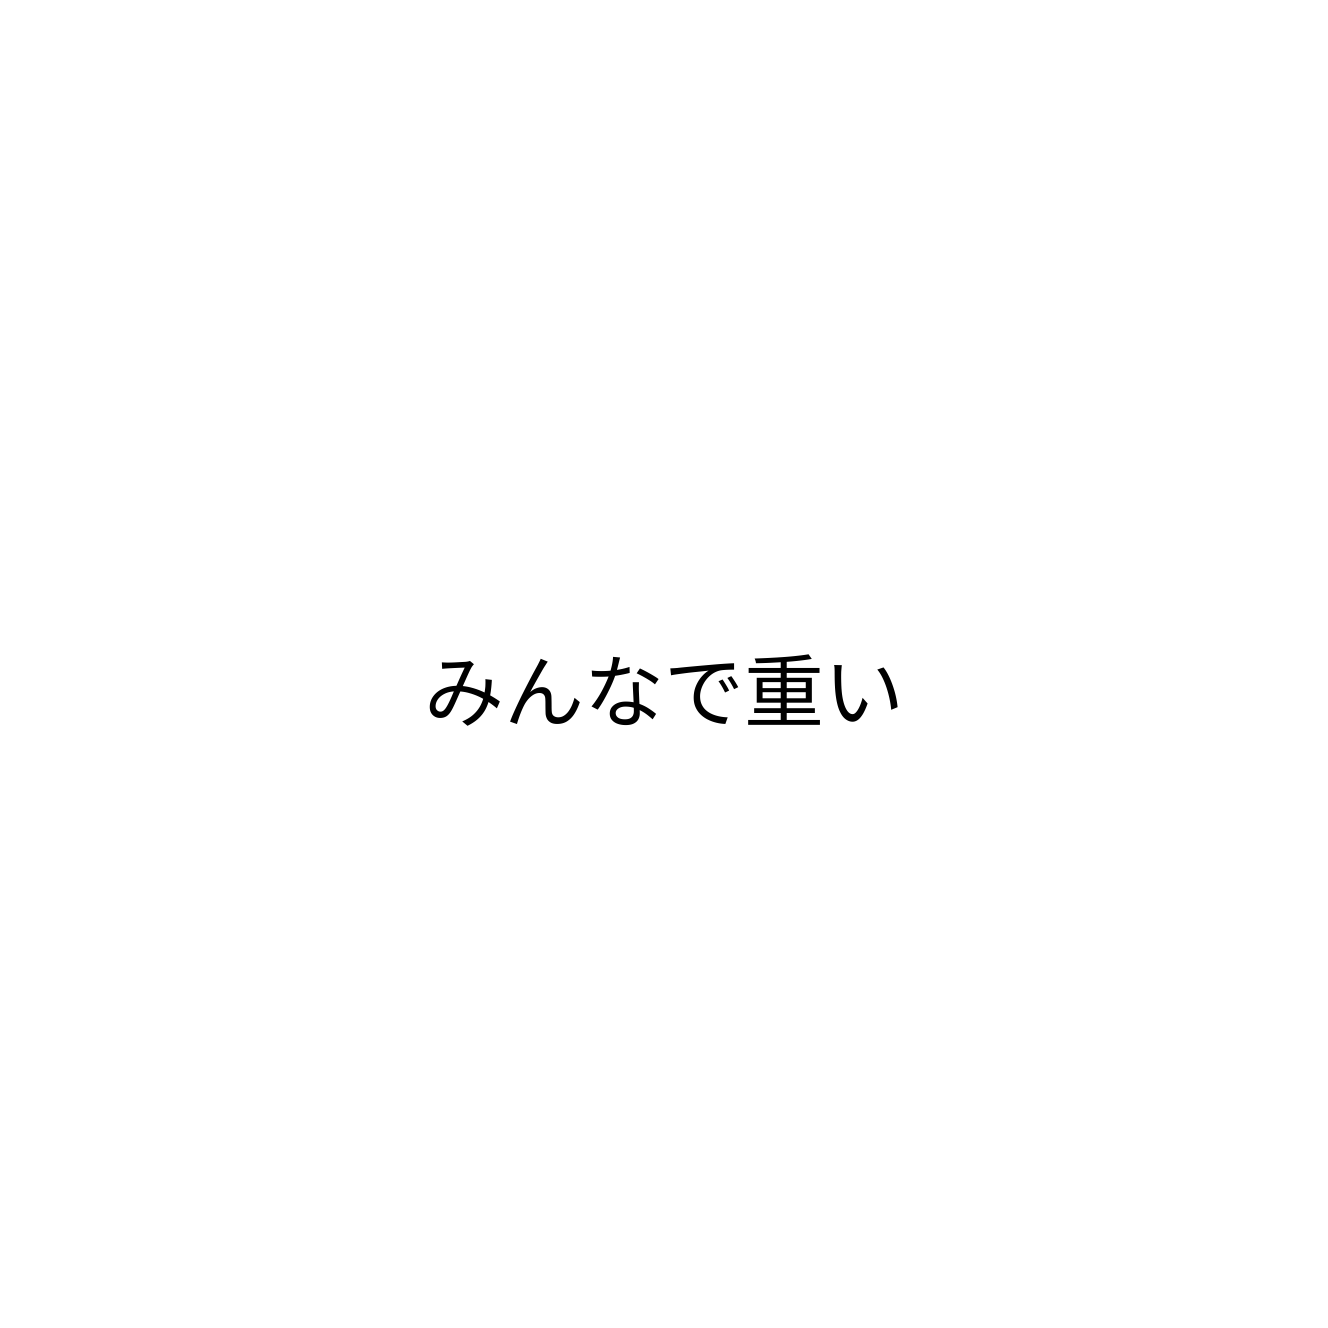
みんなで重い